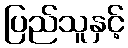
ပြည်သူနှင့်